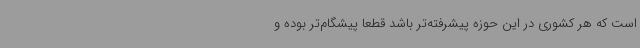
است که هر کشوری در این حوزه پیشرفته‌تر باشد قطعا پیشگام‌تر بوده و